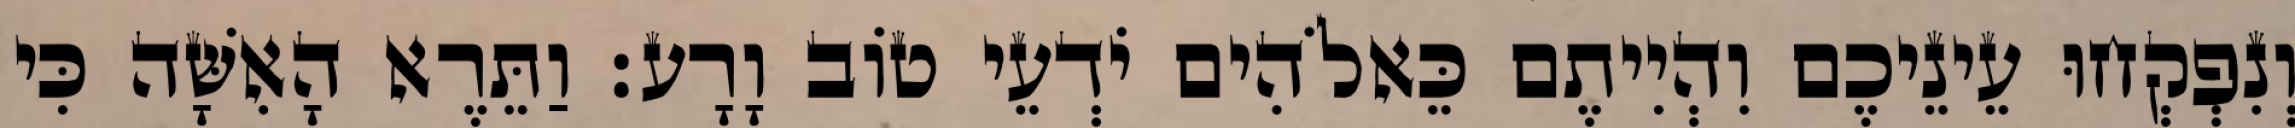
וְנִפְקְחוּ עֵינֵיכֶם וִהְיִיתֶם כֵּאלֹהִים יֹדְעֵי טֹוב וָרָע׃ וַתֵּרֶא הָאִשָּׁה כִּי